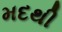
મદથી